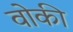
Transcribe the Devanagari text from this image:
वोकी